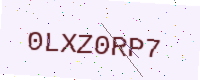
Text: 0LXZ0RP7